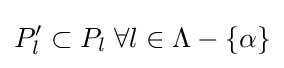
P'_{l}\subset P_{l}\;\forall l\in \Lambda -\{\alpha \}